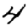
Digit: 4